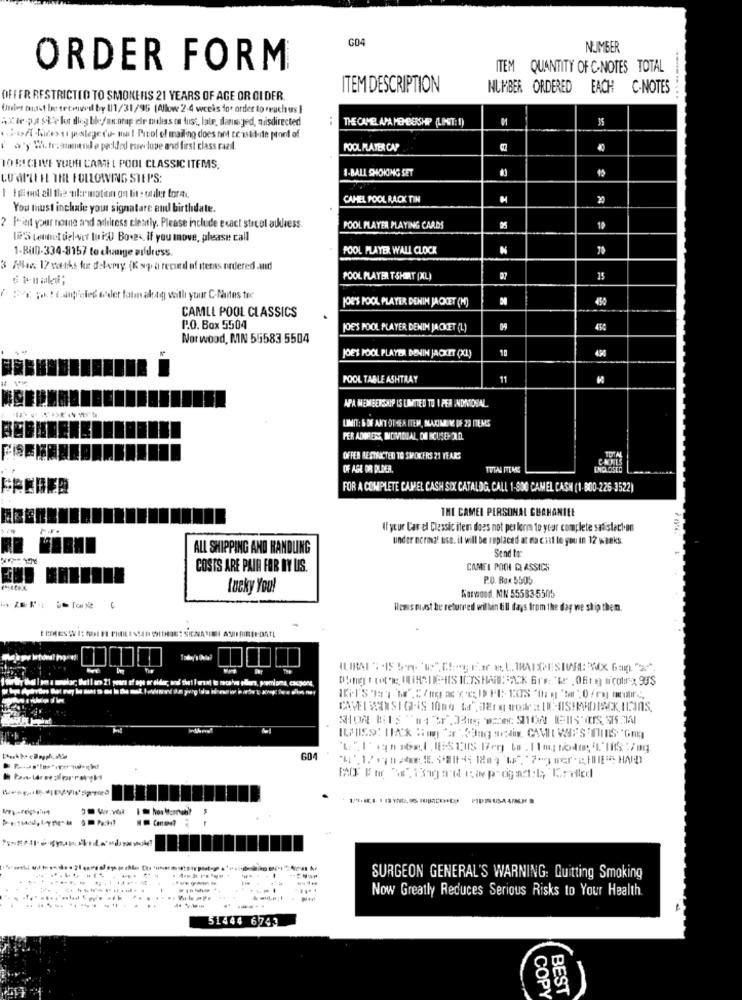
G04
NUMBER
ORDER FORM
ITEM QUANTITY OF C.NOTES TOTAL
ITEM DESCRIPTION
NUMBER ORDERED
EACH C-NOTES
OFFER RESTRICTED TO SMOKEHIS 21 YEARS OF AGE OR CI DER.
...
Ordet must be tecmved by 111/31/95 (Allow 2-4 weeks for order to reach us ]
AXie -pastelo dieg ble/anotap ele tulisso fust, late, danssyed, misdirected
..
THE CAMEL APA MEMBERSHIP (LINIT: 1)
.Soft Wires ut postege d'u- ma I Picof of mailing does not tenslikte pont of
i a' Whatresumende pechled rue lupe and first class razil.
POOL PLATER CNP
TO RECEIVE YOUR CAMEL POOL CLASSIC ITEMS.
1-BALL CHOKING SET
LO APLE EL THE FOLLOWING STEPS:
1 Hod all the ulermation on lit stadler form.
CAHEL POOL RACK TIN
I
20
You thust inchale your signature and birthdate.
? Print your nouna and address clestly. Please include exact strcol address
POOL PLAYER PLAYING CARDS
10
['S tethet del-ver tu ich) Bones. if you move, please call
1-Bit0-334-8157 to change zildress
POOL PLAYER WALL CLOCK
N
3 Ale 17 werks ke delvmy (K sp a record of iteras ordered .wid
POOL PLAYER T-SHIRT (XL)
35
ag willi your C-Nantes tec
JOE'S POOL PLAYER DENIM JACKET (H)
450
CAMLL POOL CLASSICS
P.O. Box 5504
JOE'S POOL PLAYER DENIM JACKET (L)
450
Nor wood, MN 55583 -5504
10
4,50
JOES POOL PLAYER DENIH JACKET (XL)
POOL TABLE ASHTRAY
11
APA MED BERSANIP IS LIMITED TO I PEA INOMIONAL
LIMIT: 6 OF ANY OTHER ITEM, MAXIMAL W. DE 23 ITEMS
PER ADOROS, MOMDIAL, OM ICUSO- AID
OFFER RESTRICTED TO SMOKERS 21 YEARS
CANES
OF AGE OR DLIDER.
TUTAL ITEMS
ENCLOSED
CRECER
FOR A COMPLETE CAJEL CASH SIX CATALOG, CALL 1-800 CAMEL CASH (1-800-226-3522)
THE CAMEL PERSONAL GUAHANILE
If your Car el Classic item does not per lon to your complete salistech.en
under normal use. it will be replaced at na cist to you in 12 weeks.
ALL SHIPPING AND HANDLING
Send to
COSTS ARE PAIN FOR DY UIS.
CAMEL POCHI CLASSICS
P.O. ROK 5505
lucky You!
Kenwood. MN 55583-5505
Hlemis mast be returned willin till fays from the day we ship them.
GO4
PIDEUSA A/MM B
SURGEON GENERAL'S WARNING: Quitting Smaking
Now Greatly Reduces Serious Risks to Your Health.
.................. ......
----
------.....
51444 6743
COPY
BEST